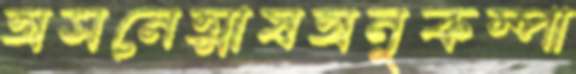
অসনেত্মাষঅনুকম্পা